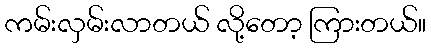
ကမ်းလှမ်းလာတယ် လို့တော့ ကြားတယ်။